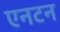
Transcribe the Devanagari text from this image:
एनटन